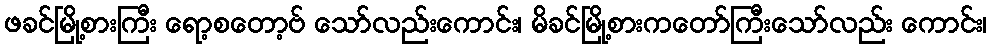
ဖခင်မြို့စားကြီး ရော့စတော့ဗ် သော်လည်းကောင်း၊ မိခင်မြို့စားကတော်ကြီးသော်လည်း ကောင်း၊